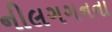
નીલગગનના